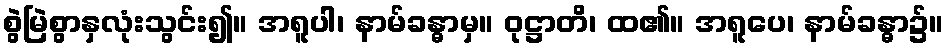
စွဲမြဲစွာနှလုံးသွင်း၍။ အရူပါ၊ နာမ်ခန္ဓာမှ။ ဝုဋ္ဌာတိ၊ ထ၏။ အရူပေ၊ နာမ်ခန္ဓာ၌။